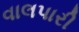
વાલપારી